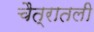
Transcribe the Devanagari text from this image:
चैत्रातली